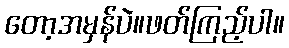
တော့အမှန်ပဲ။ဖတ်ကြည့်ပါ။